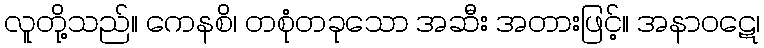
လူတို့သည်။ ကေနစိ၊ တစုံတခုသော အဆီး အတားဖြင့်။ အနာဝဋေ၊